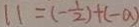
1 1 = ( - \frac { 1 } { 2 } ) + ( - a )